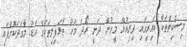
މިސްކިތްތަކާ ކައިރީގައި ދިރިއުޅޭ މީހުން ދަނީ ރޯދަ މަހު ތާޅަފިލިތަކުގެ އަޑު މާގަދަކޮށްފައި